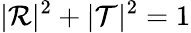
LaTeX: |\mathcal{R}|^{2}+|\mathcal{T}|^{2}=1